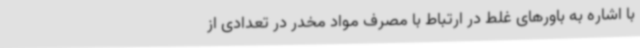
با اشاره به باورهای غلط در ارتباط با مصرف مواد مخدر در تعدادی از